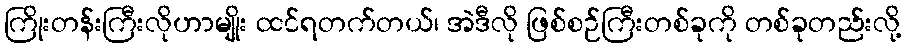
ကြိုးတန်းကြီးလိုဟာမျိုး ထင်ရတက်တယ်၊ အဲဒီလို ဖြစ်စဉ်ကြီးတစ်ခုကို တစ်ခုတည်းလို့